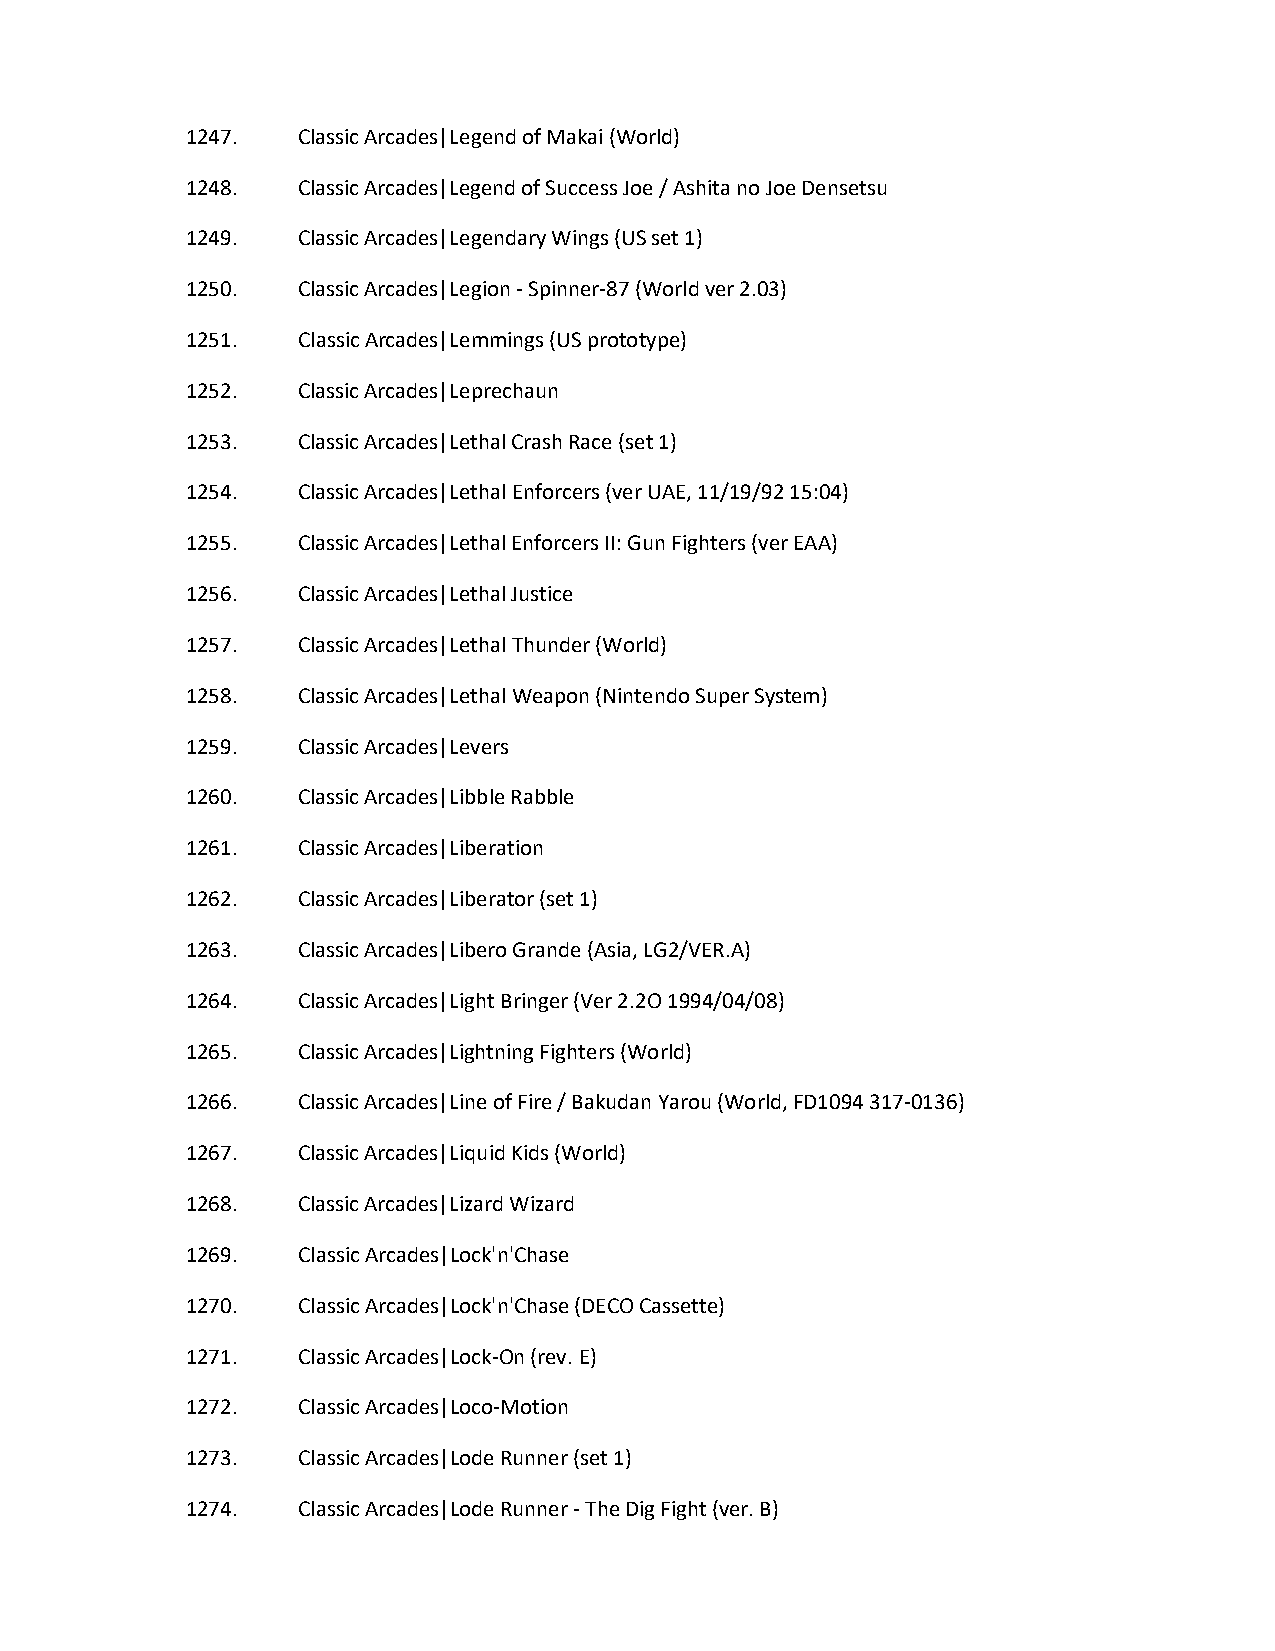
1247.   Classic Arcades|Legend of Makai (World)
 1248.   Classic Arcades|Legend of Success Joe / Ashita no Joe Densetsu
 1249.   Classic Arcades|Legendary Wings (US set 1)
 1250.   Classic Arcades|Legion - Spinner-87 (World ver 2.03)
 1251.   Classic Arcades|Lemmings (US prototype)
 1252.   Classic Arcades|Leprechaun
 1253.   Classic Arcades|Lethal Crash Race (set 1)
 1254.   Classic Arcades|Lethal Enforcers (ver UAE, 11/19/92 15:04)
 1255.   Classic Arcades|Lethal Enforcers II: Gun Fighters (ver EAA)
 1256.   Classic Arcades|Lethal Justice
 1257.   Classic Arcades|Lethal Thunder (World)
 1258.   Classic Arcades|Lethal Weapon (Nintendo Super System)
 1259.   Classic Arcades|Levers
 1260.   Classic Arcades|Libble Rabble
 1261.   Classic Arcades|Liberation
 1262.   Classic Arcades|Liberator (set 1)
 1263.   Classic Arcades|Libero Grande (Asia, LG2/VER.A)
 1264.   Classic Arcades|Light Bringer (Ver 2.2O 1994/04/08)
 1265.   Classic Arcades|Lightning Fighters (World)
 1266.   Classic Arcades|Line of Fire / Bakudan Yarou (World, FD1094 317-0136)
 1267.   Classic Arcades|Liquid Kids (World)
 1268.   Classic Arcades|Lizard Wizard
 1269.   Classic Arcades|Lock'n'Chase
 1270.   Classic Arcades|Lock'n'Chase (DECO Cassette)
 1271.   Classic Arcades|Lock-On (rev. E)
 1272.   Classic Arcades|Loco-Motion
 1273.   Classic Arcades|Lode Runner (set 1)
 1274.   Classic Arcades|Lode Runner - The Dig Fight (ver. B)